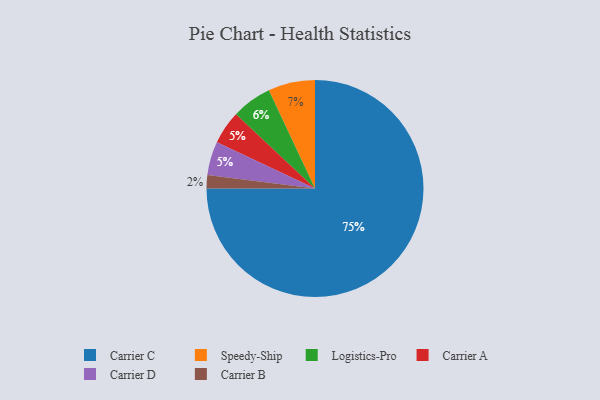
{"axis": {"x": "Category", "y": "Percentage"}, "legend": ["Carrier A", "Carrier B", "Carrier C", "Carrier D", "Logistics-Pro", "Speedy-Ship"], "data": [{"x": "Logistics-Pro", "y": 6, "type": "Logistics-Pro"}, {"x": "Carrier B", "y": 2, "type": "Carrier B"}, {"x": "Speedy-Ship", "y": 7, "type": "Speedy-Ship"}, {"x": "Carrier A", "y": 5, "type": "Carrier A"}, {"x": "Carrier D", "y": 5, "type": "Carrier D"}, {"x": "Carrier C", "y": 75, "type": "Carrier C"}]}